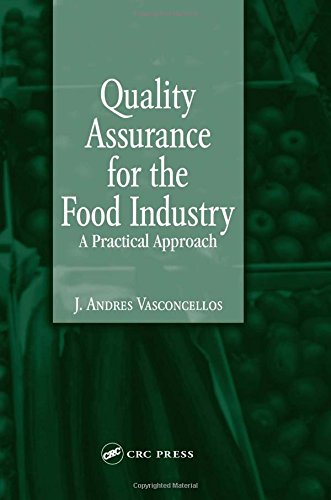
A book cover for Quality Assurance for the Food Industry: A Practical Approach; J. Andres Vasconcellos; Business & Money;